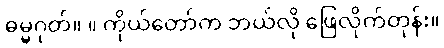
ဓမ္မဂုတ်။ ။ ကိုယ်တော်က ဘယ်လို ဖြေလိုက်တုန်း။